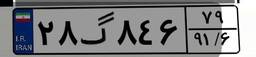
۷۷گ۶۹۶۲۴